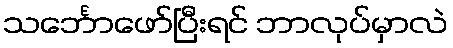
သင်္ဘောဖော်ပြီးရင် ဘာလုပ်မှာလဲ